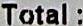
TOTAL :